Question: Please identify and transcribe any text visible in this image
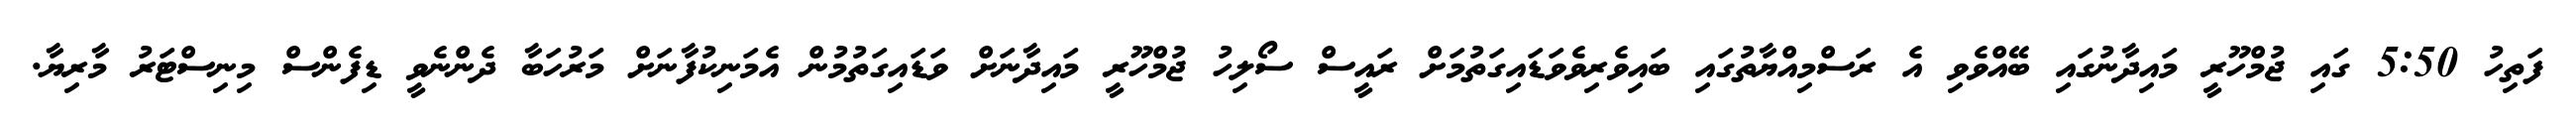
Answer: ފަތިހު 5:50 ގައި ޖުމްހޫރީ މައިދާނުގައި ބޭއްވެވި އެ ރަސްމިއްޔާތުގައި ބައިވެރިވެވަޑައިގަތުމަށް ރައީސް ސޯލިހު ޖުމްހޫރީ މައިދާނަށް ވަޑައިގަތުމުން އެމަނިކުފާނަށް މަރުހަބާ ދެންނެވީ ޑިފެންސް މިނިސްޓަރު މާރިޔާ.